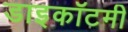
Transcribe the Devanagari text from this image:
डाइकॉटमी